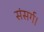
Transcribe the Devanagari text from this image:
संसर्ग।